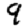
Digit: 9